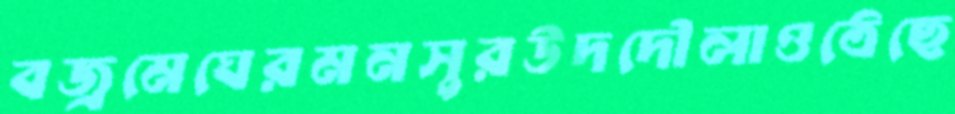
বজ্রমেঘেরমনসুরউদদৌলাওঠেছে